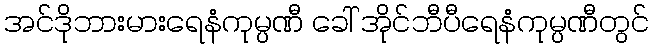
အင်ဒိုဘားမားရေနံကုမ္ပဏီ ခေါ် အိုင်ဘီပီရေနံကုမ္ပဏီတွင်